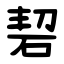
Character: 䂮